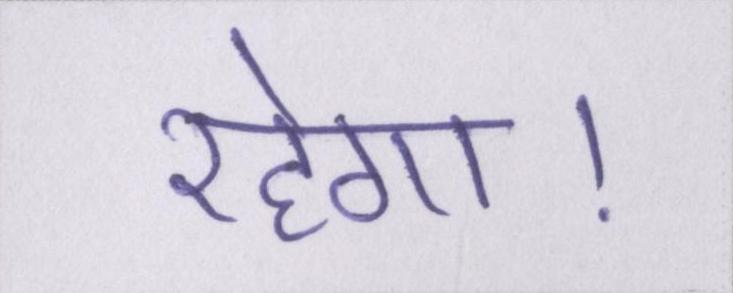
रहेगा।